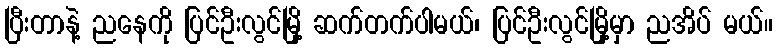
ပြီးတာနဲ့ ညနေကို ပြင်ဦးလွင်မြို့ ဆက်တက်ပါမယ်၊ ပြင်ဦးလွင်မြို့မှာ ညအိပ် မယ်။